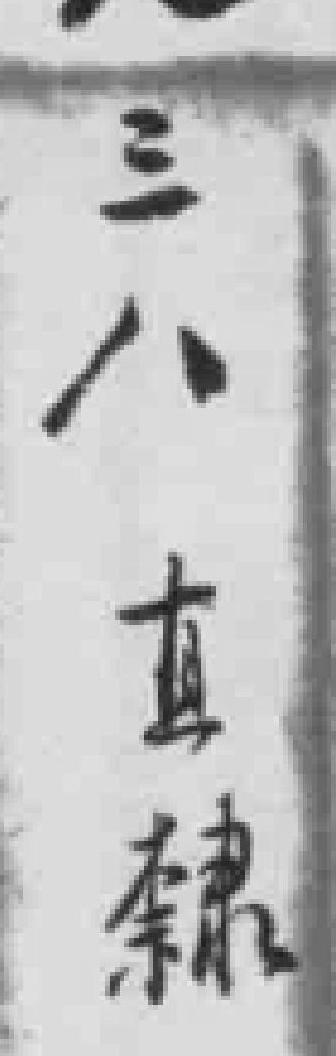
三八直隸